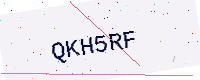
Text: QKH5RF